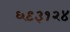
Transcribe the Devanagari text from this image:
६९३१२४